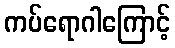
ကပ်ရောဂါကြောင့်